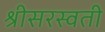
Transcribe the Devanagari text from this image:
श्रीसरस्वती